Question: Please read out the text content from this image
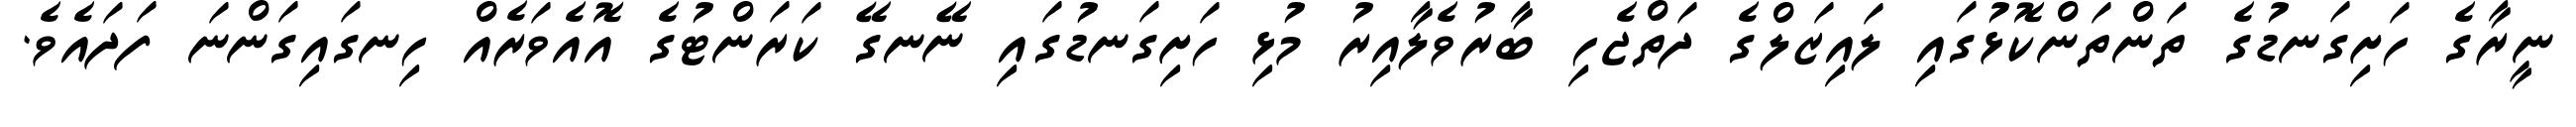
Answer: ނީރާގެ ހަށިގަނޑުގެ ތަންތަންކޮޅުގައި ލައިޒަލްގެ ދަތްޖެހި ބާރުވެލާއިރު މުޅި ހަށިގަނޑުގައި ނޭނގޭ ކަރަންޓުގެ އޮއެވަރެއް ހިނގައިގަންނަ ފަދައެވެ.